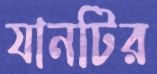
যানটির